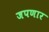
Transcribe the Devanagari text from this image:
जपणार